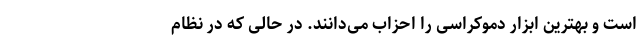
است و بهترین ابزار دموکراسی را احزاب می‌دانند. در حالی که در نظام